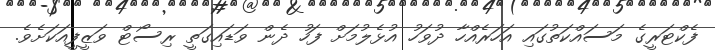
ފެކްޓަރީގެ މަސައްކަތުގައި އަހަރެއްހާ ދުވަހު އުޅެލުމަށް ފަހު ދެން ވަޑައިގަތީ ރިސޯޓް ވަޒީފީއަކަށެވެ.